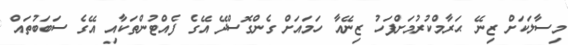
މިސާލަކަށް ޒިނޭ ޙަރާމްކުރުމަށްފަހު ޒިނޭއާ ހަމައަށް ގެންގޮސްދޭ އޭގެ ފެއްޓުންތަކާއި އޭގެ ސަބަބުތައް